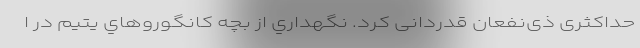
حداکثری ذی‌نفعان قدردانی کرد. نگهداري از بچه کانگوروهاي يتيم در ا